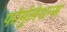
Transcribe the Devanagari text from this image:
फोर्मुलेशन्स